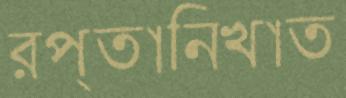
রপ্তানিখাত